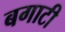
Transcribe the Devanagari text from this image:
बगाटी